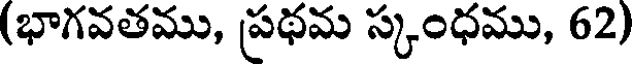
(భాగవతము, ప్రథమ స్కంధము, 62)